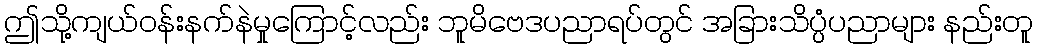
ဤသို့ကျယ်ဝန်းနက်နဲမှုကြောင့်လည်း ဘူမိဗေဒပညာရပ်တွင် အခြားသိပ္ပံပညာများ နည်းတူ